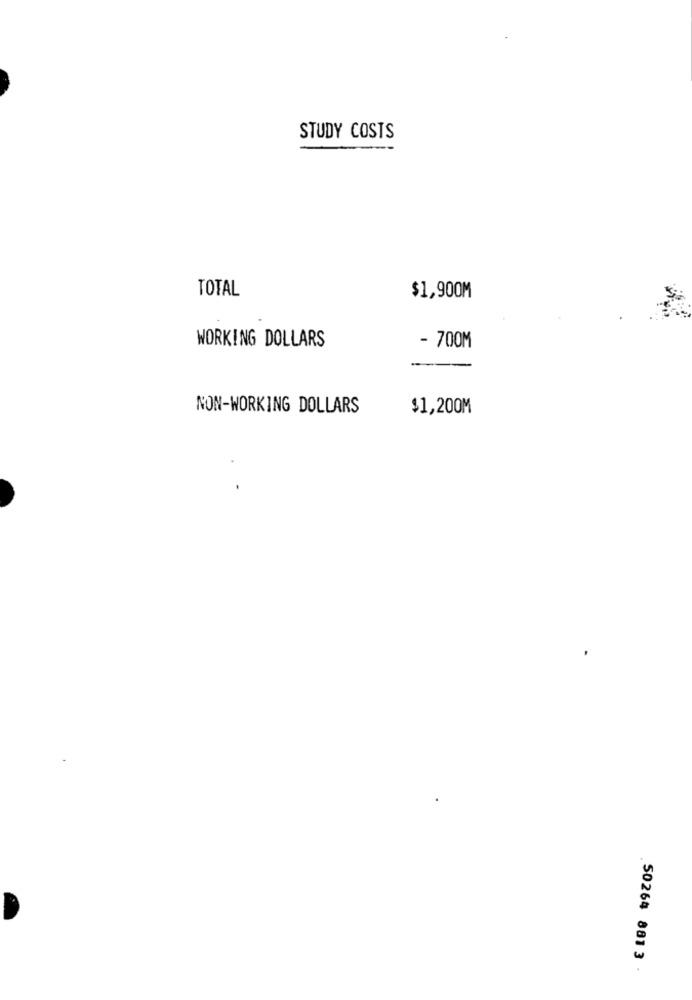
STUDY COSTS
TOTAL
$1,900M
WORKING DOLLARS
- 700M
NON-WORKING DOLLARS
$1,200M
50264 881 3